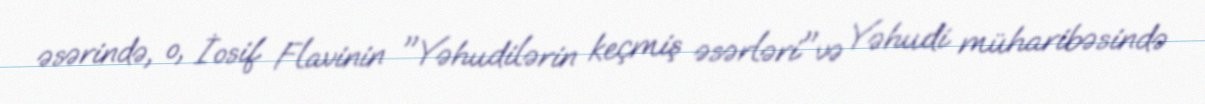
əsərində, o, İosif Flavinin "Yəhudilərin keçmiş əsərləri"və Yəhudi müharibəsində